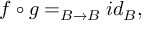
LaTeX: f \circ g = _ { B \rightarrow B } i d _ { B } ,